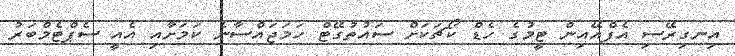
އިނގިރޭސި އެފްއޭއިން ޓީމުގެ ހެޑް ކޯޗަކަށް ސައުތުގޭޓް ހަމަޖައްސާނެ ކަމަށާއި އެއީ ސެޕްޓެމްބަރު